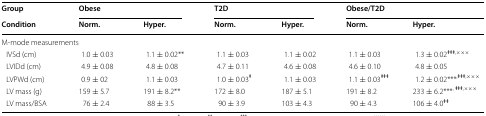
<table><thead><tr><td><b>Group</b></td><td colspan="2"><b>Obese</b></td><td colspan="2"><b>T2D</b></td><td colspan="2"><b>Obese/T2D</b></td></tr><tr><td><b>Condition</b></td><td><b>Norm.</b></td><td><b>Hyper.</b></td><td><b>Norm.</b></td><td><b>Hyper.</b></td><td><b>Norm.</b></td><td><b>Hyper.</b></td></tr></thead><tbody><tr><td colspan="7">M-mode measurements</td></tr><tr><td> IVSd (cm)</td><td>1.0 ± 0.03</td><td>1.1 ± 0.02**</td><td>1.1 ± 0.03</td><td>1.1 ± 0.02</td><td>1.1 ± 0.03</td><td>1.3 ± 0.02<sup>ǂǂǂ,×××</sup></td></tr><tr><td> LVIDd (cm)</td><td>4.9 ± 0.08</td><td>4.8 ± 0.08</td><td>4.7 ± 0.11</td><td>4.6 ± 0.08</td><td>4.6 ± 0.10</td><td>4.8 ± 0.05</td></tr><tr><td> LVPWd (cm)</td><td>0.9 ± 02</td><td>1.1 ± 0.03</td><td>1.0 ± 0.03<sup>ǂ</sup></td><td>1.1 ± 0.03</td><td>1.1 ± 0.03<sup>ǂǂǂ</sup></td><td>1.2 ± 0.02***<sup>,ǂǂǂ,×××</sup></td></tr><tr><td> LV mass (g)</td><td>159 ± 5.7</td><td>191 ± 8.2**</td><td>172 ± 8.0</td><td>187 ± 5.1</td><td>191 ± 8.2</td><td>233 ± 6.2***<sup>, ǂǂǂ,×××</sup></td></tr><tr><td> LV mass/BSA</td><td>76 ± 2.4</td><td>88 ± 3.5</td><td>90 ± 3.9</td><td>103 ± 4.3</td><td>90 ± 4.3</td><td>106 ± 4.0<sup>ǂǂ</sup></td></tr></tbody></table>